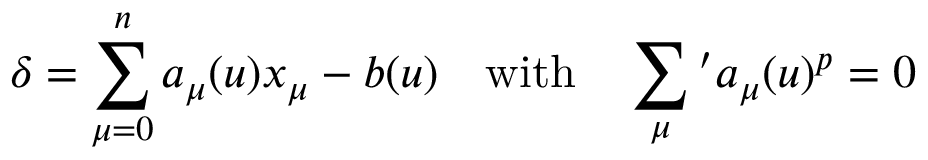
\delta = \sum _ { \mu = 0 } ^ { n } a _ { \mu } ( u ) x _ { \mu } - b ( u ) \quad \mathrm { w i t h } \quad \sum _ { \mu } { } ^ { \prime } a _ { \mu } ( u ) ^ { p } = 0